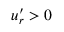
u _ { r } ^ { \prime } > 0